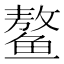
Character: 鳌